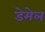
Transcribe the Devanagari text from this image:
डेमेल